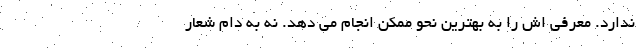
ندارد. معرفی اش را به بهترین نحو ممکن انجام می دهد. نه به دام شعار